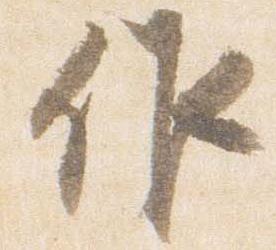
作